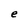
Character: e